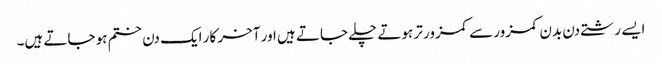
ایسے رشتے دن بدن کمزور سے کمزور تر ہوتے چلے جاتے ہیں اور آخر کار ایک دن ختم ہو جاتے ہیں۔